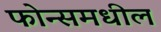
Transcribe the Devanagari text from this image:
फोन्समधील